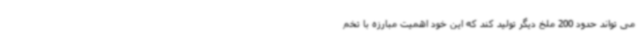
می تواند حدود 200 ملخ دیگر تولید کند که این خود اهمیت مبارزه با تخم